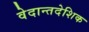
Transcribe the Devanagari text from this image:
वेदान्तदेशिक